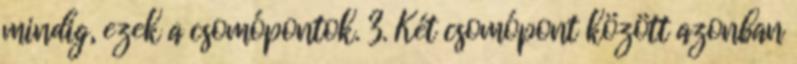
mindig, ezek a csomópontok. 3. Két csomópont között azonban